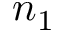
n _ { 1 }